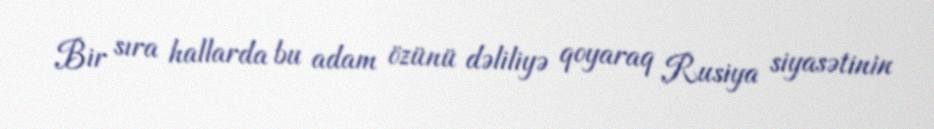
Bir sıra hallarda bu adam özünü dəliliyə qoyaraq Rusiya siyasətinin